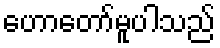
ဟောတော်မူပါသည်